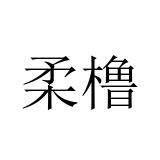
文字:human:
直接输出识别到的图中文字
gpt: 柔橹